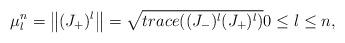
LaTeX: \begin{align*}\mu_{l}^{n}=\left\Vert (J_{+})^{l}\right\Vert =\sqrt{trace((J_{-})^{l}(J_{+})^{l})}0\leq l\leq n, \end{align*}